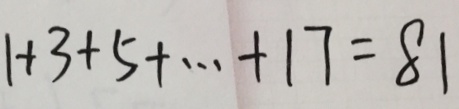
1 + 3 + 5 + \cdots + 1 7 = 8 1